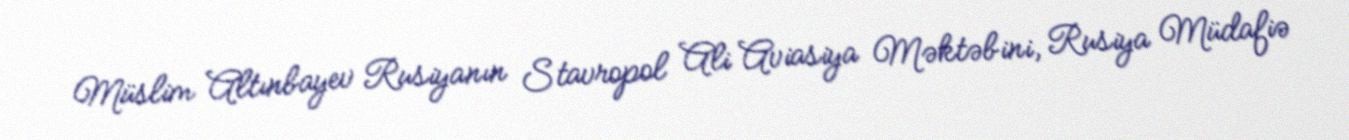
Müslim Altınbayev Rusiyanın Stavropol Ali Aviasiya Məktəbini, Rusiya Müdafiə